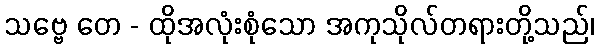
သဗ္ဗေ တေ - ထိုအလုံးစုံသော အကုသိုလ်တရားတို့သည်၊